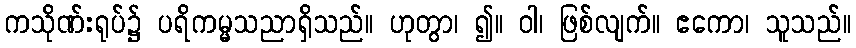
ကသိုဏ်းရုပ်၌ ပရိကမ္မသညာရှိသည်။ ဟုတွာ၊ ၍။ ဝါ၊ ဖြစ်လျက်။ ဧကော၊ သူသည်။